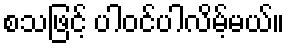
စသဖြင့် ပါဝင်ပါလိမ့်မယ်။